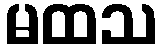
မထသ